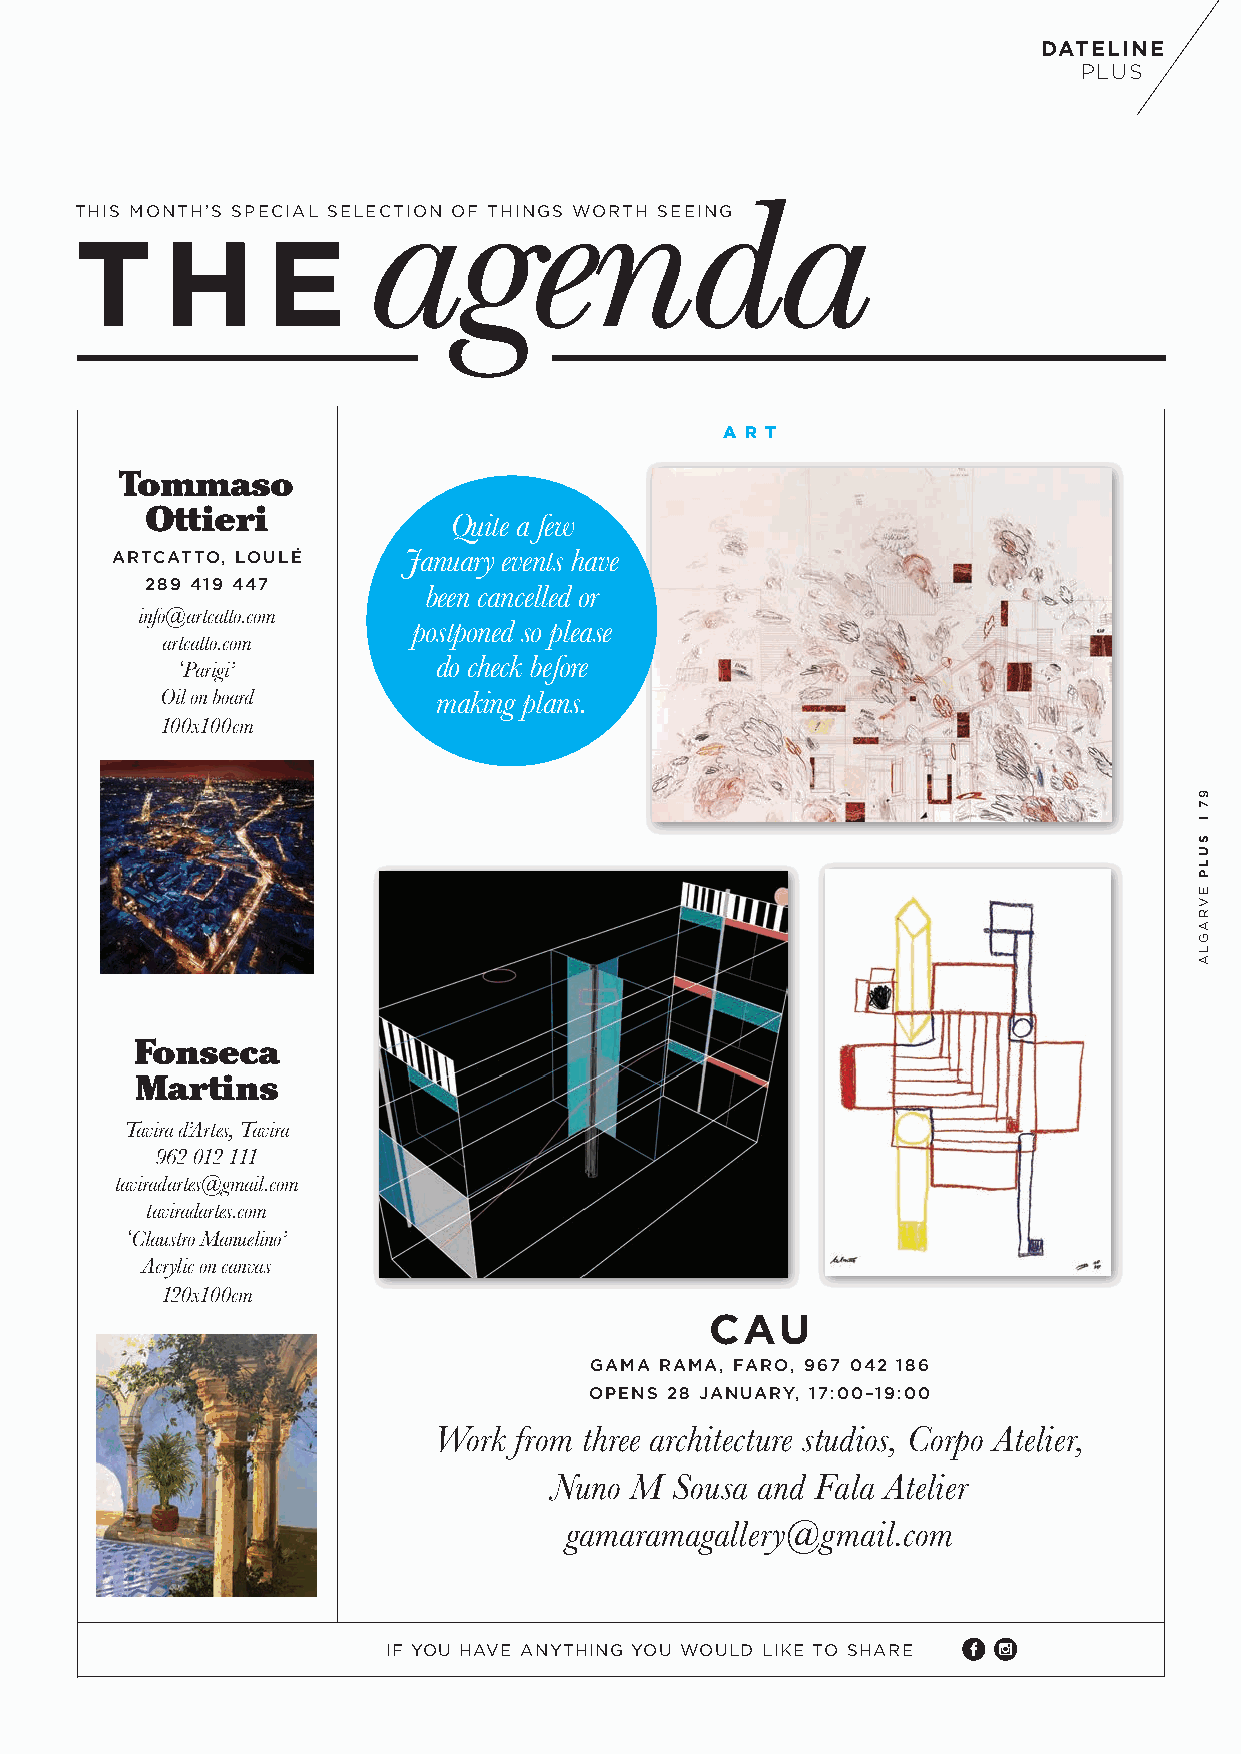
DATELINE
 PLUS
 agenda
 THIS MONTH’S SPECIAL SELECTION OF THINGS WORTH SEEING
 T     H      E
 A R T
 Tommaso
 Ottieri
 Quite a few
 ARTCATTO, LOULÉ     January events have
 289 419 447
 been cancelled or
 info@artcatto.com
 postponed so please
 artcatto.com
 ‘Parigi’         do check before
 Oil on board      making plans.
 100x100cm
 Fonseca
 Martins
 Tavira d’Artes, Tavira
 962 012 111
 taviradartes@gmail.com
 taviradartes.com
 ‘Claustro Manuelino’
 Acrylic on canvas
 120x100cm
 CAU
 GAMA RAMA, FARO, 967 042 186
 OPENS 28 JANUARY, 17:00–19:00
 Work from three architecture studios, Corpo Atelier,
 Nuno  M Sousa and Fala Atelier
 gamaramagallery@gmail.com
 IF YOU HAVE ANYTHING YOU WOULD LIKE TO SHARE
 97
 l
 SULP
 EVRAGLA